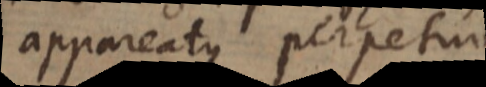
appareatque perpetuo